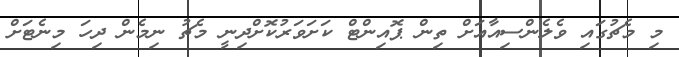
މި މެޗުގައި ވެލެންސިއާއަށް ތިން ޕޮއިންޓް ކަށަވަރުކޮށްދިނީ މެޗު ނިމެން ދިހަ މިނެޓަށް